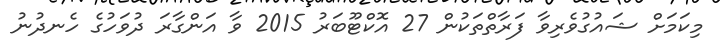
މިކަމަށް ޝައުގުވެރިވާ ފަރާތްތަކުން 27 އޮކްޓޫބަރު 2015 ވާ އަންގާރަ ދުވަހުގެ ހެނދުނު